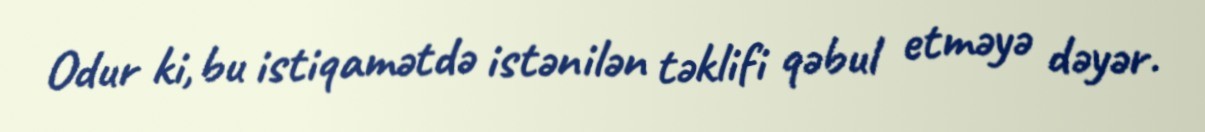
Odur ki, bu istiqamətdə istənilən təklifi qəbul etməyə dəyər.